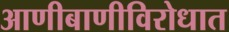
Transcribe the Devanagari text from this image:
आणीबाणीविरोधात